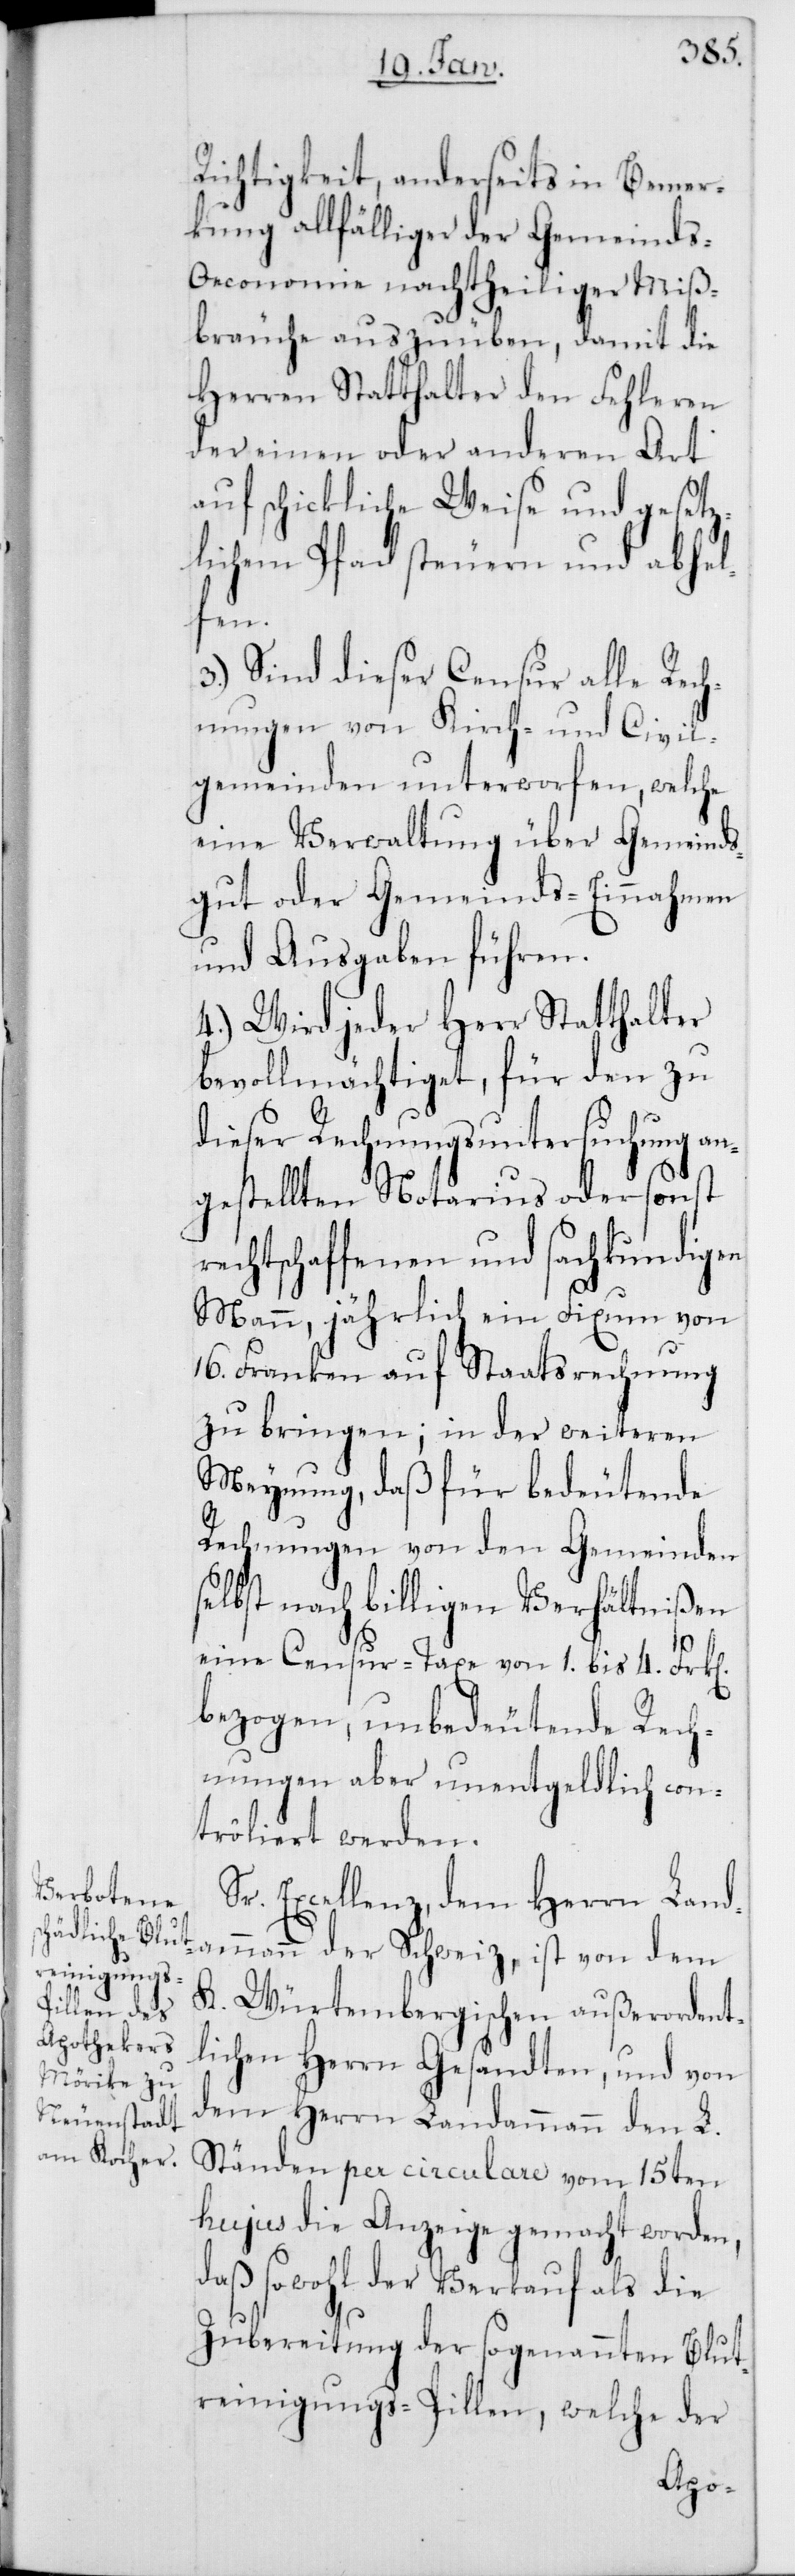
Richtigkeit, anderseits in Bemer¬
kung allfälliger der Gemeind¬
s-Oeconomie nachtheiliger Miß¬
bräuche auszuüben, damit die
Herren Statthalter den Fehleren
der einen oder anderen Art
auf schickliche Weise und gesetz¬
lichem Pfad steuern und abhel¬
fen.
3.) Sind dieser Censur alle Rech¬
nungen von Kirch- und Civil¬
gemeinden unterworfen, welche
eine Verwaltung über Gemeinds¬
gut oder Gemeinds-Einnahmen
und [-]Ausgaben führen.
4.) Wird jeder Herr Statthalter
bevollmächtiget, für den zu
dieser Rechnungsuntersuchung an¬
gestellten Notarius oder sonst
rechtschaffenen und sachkundigen
Mann, jährlich ein Fixum von
16. Franken auf Staatsrechnung
zu bringen; in der weiteren
Meynung, daß für bedeutende
Rechnungen von den Gemeinden
selbst nach billigen Verhältnißen
eine Censur-Taxe von 1. bis 4. Frk[en]
bezogen, unbedeutende Rech¬
nungen aber unentgeldlich con¬
trôliert werden.
Excellenz, dem Herrn Land¬
ammann der Schweiz, ist von dem
K. Würtembergischen außerordent¬
lichen Herrn Gesandten, und von
dem Herrn Landammann den L.
Ständen per Circulare vom 15ten
hujus die Anzeige gemacht worden,
daß sowohl der Verkauf als die
Zubereitung der sogenannten Blut¬
reinigungs-Pillen, welche der